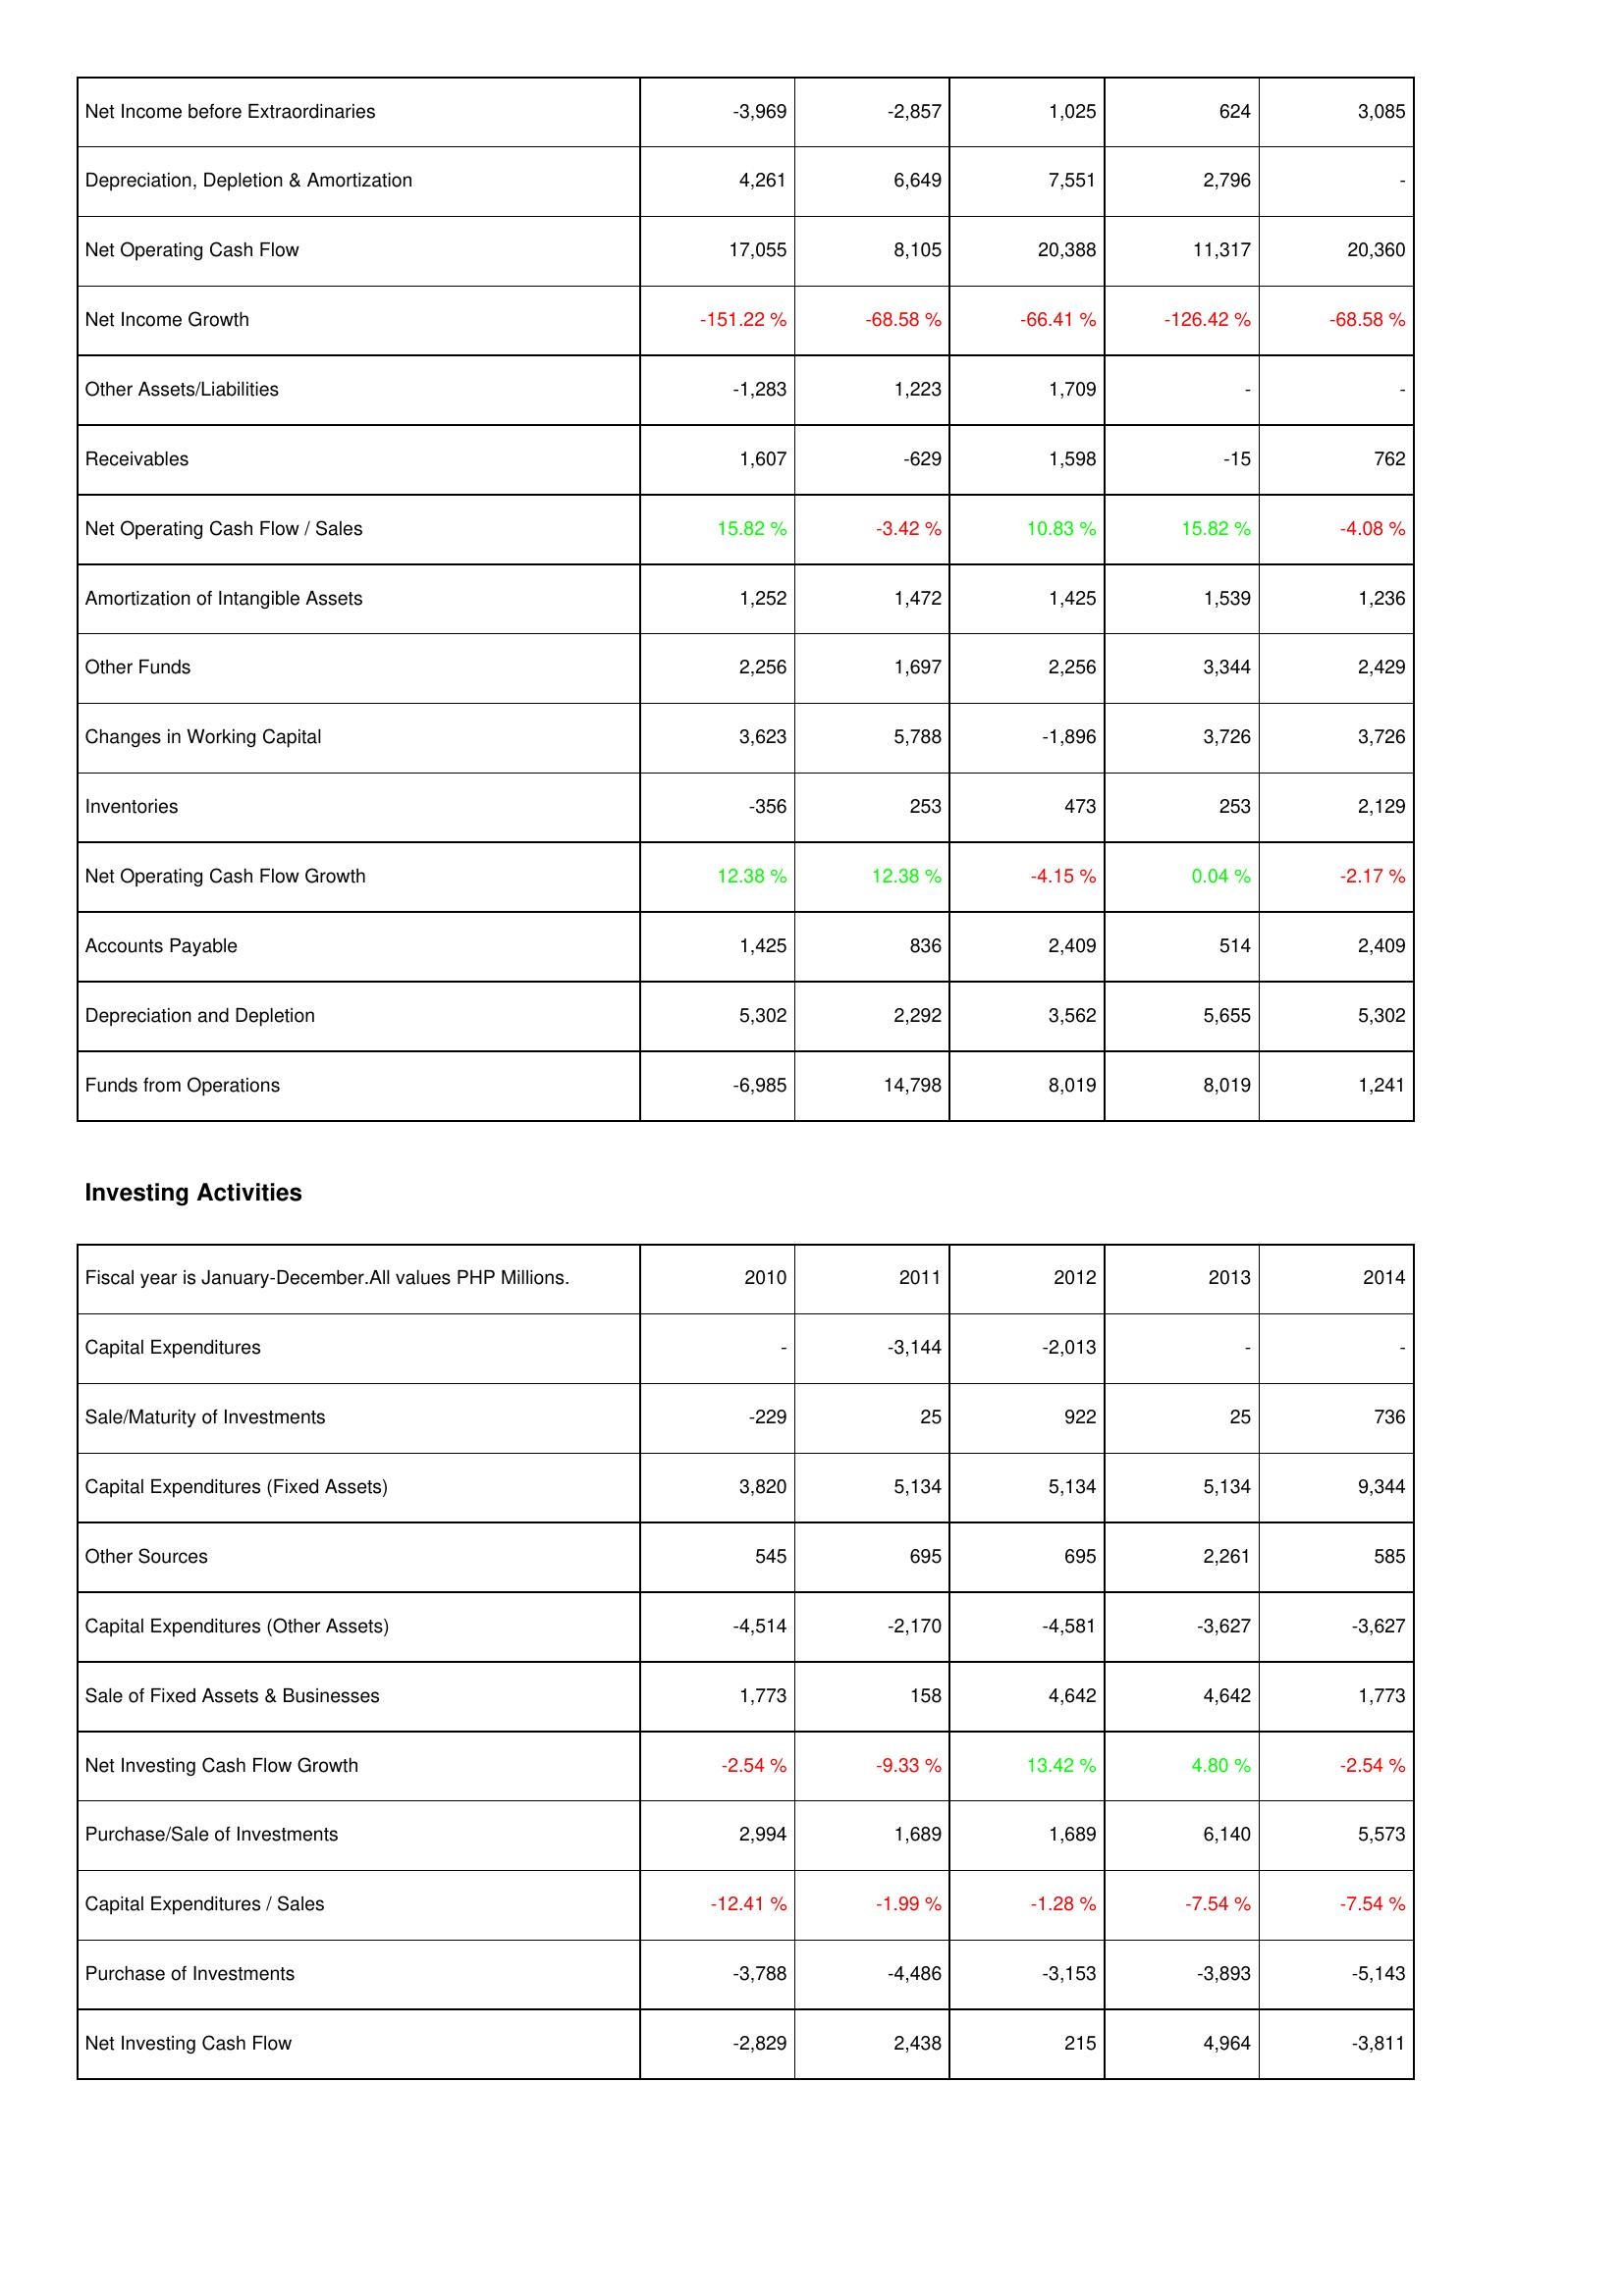
2010: Operating Activities: Net Income before Extraordinaries: -3,969
Depreciation, Depletion & Amortization: 4,261
Net Operating Cash Flow: 17,055
Net Income Growth: -151.22 %
Other Assets/Liabilities: -1,283
Receivables: 1,607
Net Operating Cash Flow / Sales: 15.82 %
Amortization of Intangible Assets: 1,252
Other Funds: 2,256
Changes in Working Capital: 3,623
Inventories: -356
Net Operating Cash Flow Growth: 12.38 %
Accounts Payable: 1,425
Depreciation and Depletion: 5,302
Funds from Operations: -6,985
Investing Activities: Capital Expenditures: -
Sale/Maturity of Investments: -229
Capital Expenditures (Fixed Assets): 3,820
Other Sources: 545
Capital Expenditures (Other Assets): -4,514
Sale of Fixed Assets & Businesses: 1,773
Net Investing Cash Flow Growth: -2.54 %
Purchase/Sale of Investments: 2,994
Capital Expenditures / Sales: -12.41 %
Purchase of Investments: -3,788
Net Investing Cash Flow: -2,829
2011: Operating Activities: Net Income before Extraordinaries: -2,857
Depreciation, Depletion & Amortization: 6,649
Net Operating Cash Flow: 8,105
Net Income Growth: -68.58 %
Other Assets/Liabilities: 1,223
Receivables: -629
Net Operating Cash Flow / Sales: -3.42 %
Amortization of Intangible Assets: 1,472
Other Funds: 1,697
Changes in Working Capital: 5,788
Inventories: 253
Net Operating Cash Flow Growth: 12.38 %
Accounts Payable: 836
Depreciation and Depletion: 2,292
Funds from Operations: 14,798
Investing Activities: Capital Expenditures: -3,144
Sale/Maturity of Investments: 25
Capital Expenditures (Fixed Assets): 5,134
Other Sources: 695
Capital Expenditures (Other Assets): -2,170
Sale of Fixed Assets & Businesses: 158
Net Investing Cash Flow Growth: -9.33 %
Purchase/Sale of Investments: 1,689
Capital Expenditures / Sales: -1.99 %
Purchase of Investments: -4,486
Net Investing Cash Flow: 2,438
2012: Operating Activities: Net Income before Extraordinaries: 1,025
Depreciation, Depletion & Amortization: 7,551
Net Operating Cash Flow: 20,388
Net Income Growth: -66.41 %
Other Assets/Liabilities: 1,709
Receivables: 1,598
Net Operating Cash Flow / Sales: 10.83 %
Amortization of Intangible Assets: 1,425
Other Funds: 2,256
Changes in Working Capital: -1,896
Inventories: 473
Net Operating Cash Flow Growth: -4.15 %
Accounts Payable: 2,409
Depreciation and Depletion: 3,562
Funds from Operations: 8,019
Investing Activities: Capital Expenditures: -2,013
Sale/Maturity of Investments: 922
Capital Expenditures (Fixed Assets): 5,134
Other Sources: 695
Capital Expenditures (Other Assets): -4,581
Sale of Fixed Assets & Businesses: 4,642
Net Investing Cash Flow Growth: 13.42 %
Purchase/Sale of Investments: 1,689
Capital Expenditures / Sales: -1.28 %
Purchase of Investments: -3,153
Net Investing Cash Flow: 215
2013: Operating Activities: Net Income before Extraordinaries: 624
Depreciation, Depletion & Amortization: 2,796
Net Operating Cash Flow: 11,317
Net Income Growth: -126.42 %
Other Assets/Liabilities: -
Receivables: -15
Net Operating Cash Flow / Sales: 15.82 %
Amortization of Intangible Assets: 1,539
Other Funds: 3,344
Changes in Working Capital: 3,726
Inventories: 253
Net Operating Cash Flow Growth: 0.04 %
Accounts Payable: 514
Depreciation and Depletion: 5,655
Funds from Operations: 8,019
Investing Activities: Capital Expenditures: -
Sale/Maturity of Investments: 25
Capital Expenditures (Fixed Assets): 5,134
Other Sources: 2,261
Capital Expenditures (Other Assets): -3,627
Sale of Fixed Assets & Businesses: 4,642
Net Investing Cash Flow Growth: 4.80 %
Purchase/Sale of Investments: 6,140
Capital Expenditures / Sales: -7.54 %
Purchase of Investments: -3,893
Net Investing Cash Flow: 4,964
2014: Operating Activities: Net Income before Extraordinaries: 3,085
Depreciation, Depletion & Amortization: -
Net Operating Cash Flow: 20,360
Net Income Growth: -68.58 %
Other Assets/Liabilities: -
Receivables: 762
Net Operating Cash Flow / Sales: -4.08 %
Amortization of Intangible Assets: 1,236
Other Funds: 2,429
Changes in Working Capital: 3,726
Inventories: 2,129
Net Operating Cash Flow Growth: -2.17 %
Accounts Payable: 2,409
Depreciation and Depletion: 5,302
Funds from Operations: 1,241
Investing Activities: Capital Expenditures: -
Sale/Maturity of Investments: 736
Capital Expenditures (Fixed Assets): 9,344
Other Sources: 585
Capital Expenditures (Other Assets): -3,627
Sale of Fixed Assets & Businesses: 1,773
Net Investing Cash Flow Growth: -2.54 %
Purchase/Sale of Investments: 5,573
Capital Expenditures / Sales: -7.54 %
Purchase of Investments: -5,143
Net Investing Cash Flow: -3,811